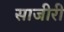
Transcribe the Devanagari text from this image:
साजीरी